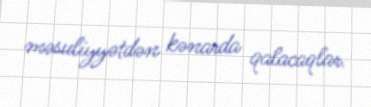
məsuliyyətdən kənarda qalacaqlar.